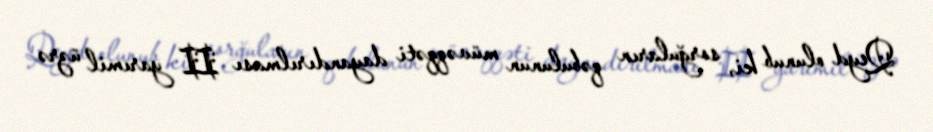
Qeyd olunub ki, sorğuların qəbulunun müvəqqəti dayandırılması II yarımil üzrə